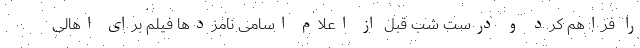
را فراهم کرد و درست شب قبل از اعلام اسامی نامزدها فیلم برای اهالی